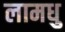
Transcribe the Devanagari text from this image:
लामधु